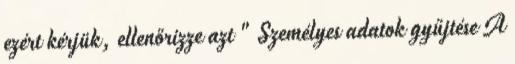
ezért kérjük, ellenőrizze azt " Személyes adatok gyűjtése A